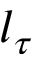
l _ { \tau }